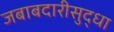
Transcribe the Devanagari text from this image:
जबाबदारीसुद्धा